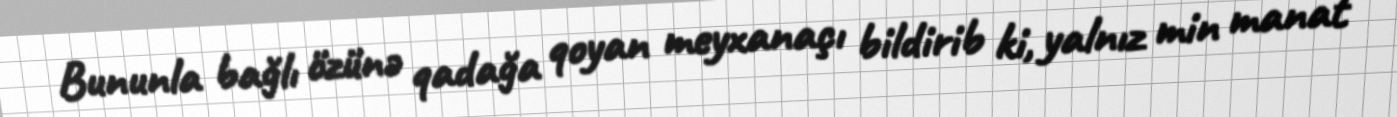
Bununla bağlı özünə qadağa qoyan meyxanaçı bildirib ki, yalnız min manat